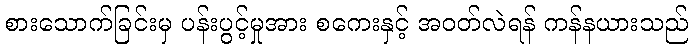
စားသောက်ခြင်းမှ ပန်းပွင့်မှုအား စကေးနှင့် အဝတ်လဲရန် ကန်နယားသည်